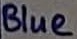
Text: Blue